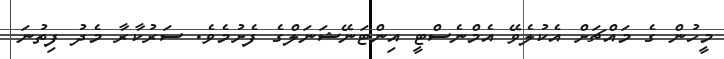
މީހުން ގެ މައްޗަށް އެކުލެވޭ އެމްނެސްޓީ އިންޓަނޭޝަނަލްގެ ފެށުމެވެ. ސަރުކާރާ މެދު ފިތުނަ